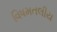
વિષમતલીય